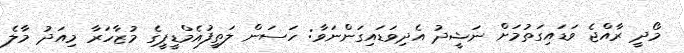
މޯދީ ރާއްޖެ ވަޑައިގަތުމަށް ނަޝީދު އެދިވަޑައިގަންނަވާ: ހަސަން ލަތީފުއެމްޑީޕީގެ މުޒާހަރާ މިއަދު މާލެ